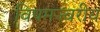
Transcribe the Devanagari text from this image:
विषमज्वरीय